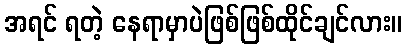
အရင် ရတဲ့ နေရာမှာပဲဖြစ်ဖြစ်ထိုင်ချင်လား။